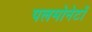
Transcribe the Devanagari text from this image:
पलमोनेटों